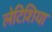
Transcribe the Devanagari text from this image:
लेटिशिया